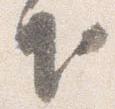
下